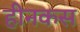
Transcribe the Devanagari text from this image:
हीनकस